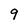
Character: 9